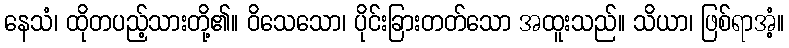
နေသံ၊ ထိုတပည့်သားတို့၏။ ဝိသေသော၊ ပိုင်းခြားတတ်သော အထူးသည်။ သိယာ၊ ဖြစ်ရာအံ့။